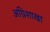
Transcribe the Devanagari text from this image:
अग्निशाखा